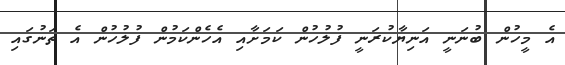
އެ މީހުން ބުނަނީ އަނިޔާކުރަނީ ފުލުހުން ކަމަށާއި އެހެންކަމުން ފުލުހުން އެ ތަނުގައި